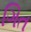
ગિત